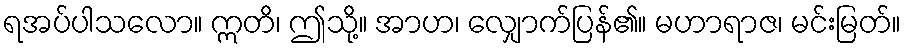
ရအပ်ပါသလော။ ဣတိ၊ ဤသို့။ အာဟ၊ လျှောက်ပြန်၏။ မဟာရာဇ၊ မင်းမြတ်။